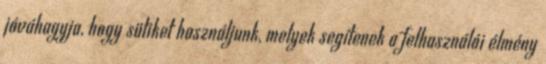
jóváhagyja, hogy sütiket használjunk, melyek segítenek a felhasználói élmény